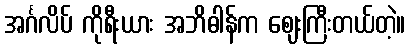
အင်္ဂလိပ် ကိုရီးယား အဘိဓါန်က ဈေးကြီးတယ်တဲ့။